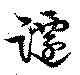
躚